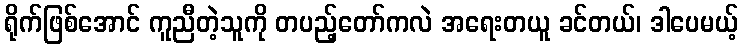
ရိုက်ဖြစ်အောင် ကူညီတဲ့သူကို တပည့်တော်ကလဲ အရေးတယူ ခင်တယ်၊ ဒါပေမယ့်